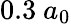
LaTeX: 0.3~a_{0}